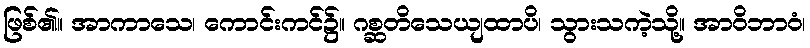
ဖြစ်၏။ အာကာသေ၊ ကောင်းကင်၌။ ဂစ္ဆတိသေယျထာပိ၊ သွားသကဲ့သို့။ အာဝိဘာဝံ၊